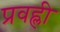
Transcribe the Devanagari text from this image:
प्रवह्ली